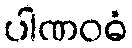
ပါဏဝဓံ